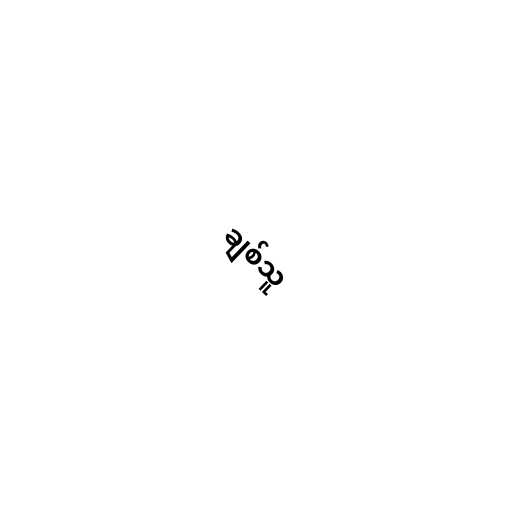
ချစ်သူ